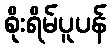
စိုးရိမ်ပူပန်